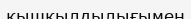
қышқылдылығымен